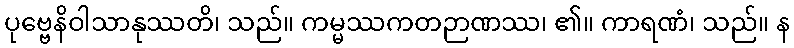
ပုဗ္ဗေနိဝါသာနုဿတိ၊ သည်။ ကမ္မဿကတဉာဏဿ၊ ၏။ ကာရဏံ၊ သည်။ န